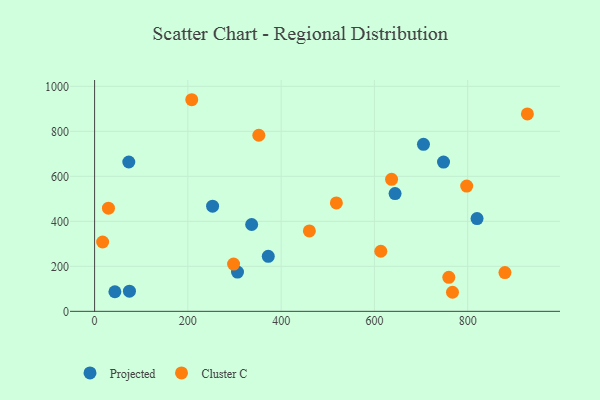
{"axis": {"x": "Ad Spend", "y": "Demand"}, "legend": ["Cluster C", "Projected"], "data": [{"x": "644.3", "y": 523.2, "type": "Projected"}, {"x": "336.8", "y": 386.0, "type": "Projected"}, {"x": "748.2", "y": 663.6, "type": "Projected"}, {"x": "705.2", "y": 742.1, "type": "Projected"}, {"x": "306.4", "y": 174.6, "type": "Projected"}, {"x": "253.0", "y": 467.4, "type": "Projected"}, {"x": "820.1", "y": 412.2, "type": "Projected"}, {"x": "43.5", "y": 87.1, "type": "Projected"}, {"x": "372.4", "y": 244.5, "type": "Projected"}, {"x": "73.3", "y": 663.8, "type": "Projected"}, {"x": "74.7", "y": 89.7, "type": "Projected"}, {"x": "767.4", "y": 84.7, "type": "Cluster C"}, {"x": "298.0", "y": 210.0, "type": "Cluster C"}, {"x": "879.9", "y": 172.3, "type": "Cluster C"}, {"x": "352.1", "y": 782.7, "type": "Cluster C"}, {"x": "17.2", "y": 308.2, "type": "Cluster C"}, {"x": "636.8", "y": 586.7, "type": "Cluster C"}, {"x": "928.0", "y": 877.4, "type": "Cluster C"}, {"x": "613.7", "y": 267.0, "type": "Cluster C"}, {"x": "29.7", "y": 458.4, "type": "Cluster C"}, {"x": "759.5", "y": 151.1, "type": "Cluster C"}, {"x": "208.3", "y": 940.5, "type": "Cluster C"}, {"x": "797.9", "y": 556.6, "type": "Cluster C"}, {"x": "460.5", "y": 357.5, "type": "Cluster C"}, {"x": "518.4", "y": 481.6, "type": "Cluster C"}]}